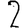
Digit: 2